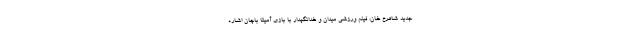
جدید شاهرخ خان، فیلم ورزشی میدان و خدانگهدار با بازی آمیتا باچان اشاره